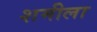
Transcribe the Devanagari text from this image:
शमीला